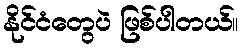
နိုင်ငံတွေပဲ ဖြစ်ပါတယ်။